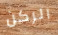
الركن